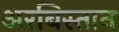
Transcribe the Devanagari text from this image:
अरबिस्तान